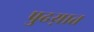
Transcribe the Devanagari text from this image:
पुढय़ात